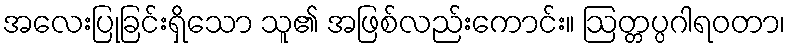
အလေးပြုခြင်းရှိသော သူ၏ အဖြစ်လည်းကောင်း။ ဩတ္တပ္ပဂါရဝတာ၊